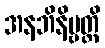
အနဘိနိဗ္ဗတ္တိ